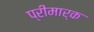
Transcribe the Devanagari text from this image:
प्रीमार्क